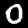
Digit: 0